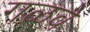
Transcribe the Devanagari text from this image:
गळवे